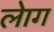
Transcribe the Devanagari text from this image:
लेाग